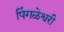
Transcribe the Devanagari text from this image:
पिंगळेश्वरी